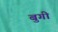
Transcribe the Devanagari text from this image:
बुगी